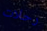
رحلات